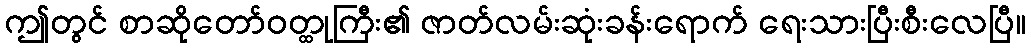
ဤတွင် စာဆိုတော်ဝတ္ထုကြီး၏ ဇာတ်လမ်းဆုံးခန်းရောက် ရေးသားပြီးစီးလေပြီ။